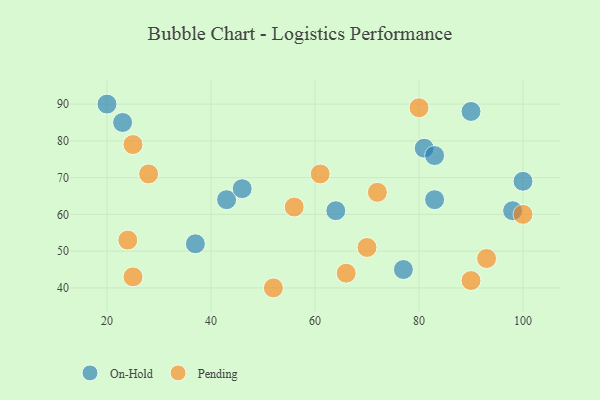
{"axis": {"x": "GDP", "y": "Life Expectancy"}, "legend": ["On-Hold", "Pending"], "data": [{"x": "23", "y": 85, "type": "On-Hold"}, {"x": "20", "y": 90, "type": "On-Hold"}, {"x": "81", "y": 78, "type": "On-Hold"}, {"x": "43", "y": 64, "type": "On-Hold"}, {"x": "83", "y": 76, "type": "On-Hold"}, {"x": "83", "y": 64, "type": "On-Hold"}, {"x": "98", "y": 61, "type": "On-Hold"}, {"x": "100", "y": 69, "type": "On-Hold"}, {"x": "77", "y": 45, "type": "On-Hold"}, {"x": "64", "y": 61, "type": "On-Hold"}, {"x": "37", "y": 52, "type": "On-Hold"}, {"x": "46", "y": 67, "type": "On-Hold"}, {"x": "90", "y": 88, "type": "On-Hold"}, {"x": "61", "y": 71, "type": "Pending"}, {"x": "28", "y": 71, "type": "Pending"}, {"x": "90", "y": 42, "type": "Pending"}, {"x": "66", "y": 44, "type": "Pending"}, {"x": "25", "y": 79, "type": "Pending"}, {"x": "93", "y": 48, "type": "Pending"}, {"x": "70", "y": 51, "type": "Pending"}, {"x": "80", "y": 89, "type": "Pending"}, {"x": "56", "y": 62, "type": "Pending"}, {"x": "72", "y": 66, "type": "Pending"}, {"x": "24", "y": 53, "type": "Pending"}, {"x": "52", "y": 40, "type": "Pending"}, {"x": "100", "y": 60, "type": "Pending"}, {"x": "25", "y": 43, "type": "Pending"}]}